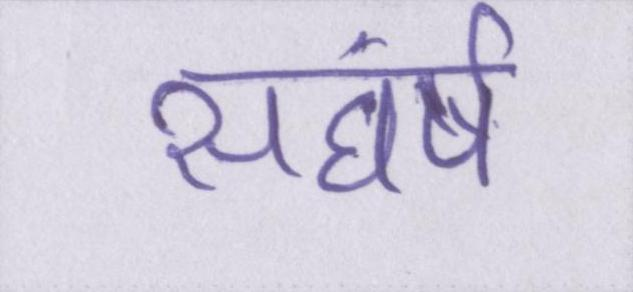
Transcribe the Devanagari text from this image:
सघंर्ष